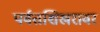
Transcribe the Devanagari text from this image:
पर्वतशिखरावर